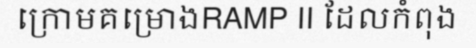
ក្រោមគម្រោងRAMP II ដែលកំពុង